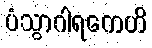
ပံသွာဂါရကေဟိ